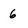
Character: 6